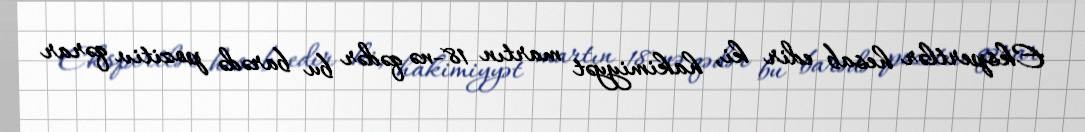
Ekspertlər hesab edir ki, hakimiyyət martın 18-nə qədər bu barədə pozitiv qərar